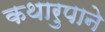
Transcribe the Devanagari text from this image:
कथारुपाने